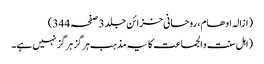
(ازالہ اوھام، روحانی خزائن جلد 3 صفحہ 344)
(اہل سنت و الجماعت کا یہ مذہب ہرگز ہرگز نہیں ہے۔